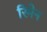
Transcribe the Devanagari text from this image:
रिमेन